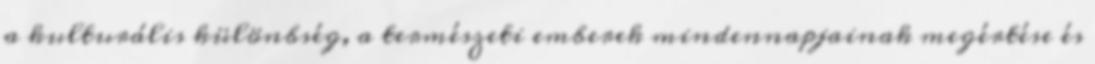
a kulturális különbség, a természeti emberek mindennapjainak megértése és